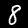
Label: 8